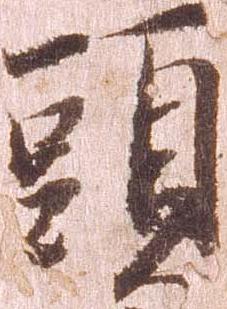
頭